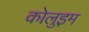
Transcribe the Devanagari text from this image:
कोलुइम